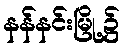
နန်နင်းမြို့၌